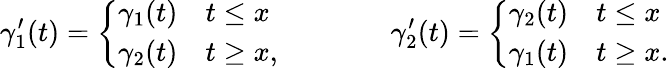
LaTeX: \gamma_{1}^{\prime}(t)=\left\{ \begin{array}{ll}{\gamma_{1}(t)}&{t\leq x}\\ {\gamma_{2}(t)}&{t\geq x,}\end{array}\right.\qquad\qquad\gamma_{2}^{\prime}(t)=\left\{ \begin{array}{ll}{\gamma_{2}(t)}&{t\leq x}\\ {\gamma_{1}(t)}&{t\geq x.}\end{array}\right.